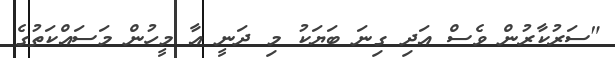
"ސަރުކާރުން ވެސް އަދި ގިނަ ބަޔަކު މި ދަނީ އާ މީހުން މަސައްކަތުގެ